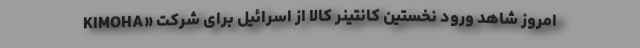
امروز شاهد ورود نخستین کانتینر کالا از اسرائیل برای شرکت «KIMOHA